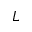
L